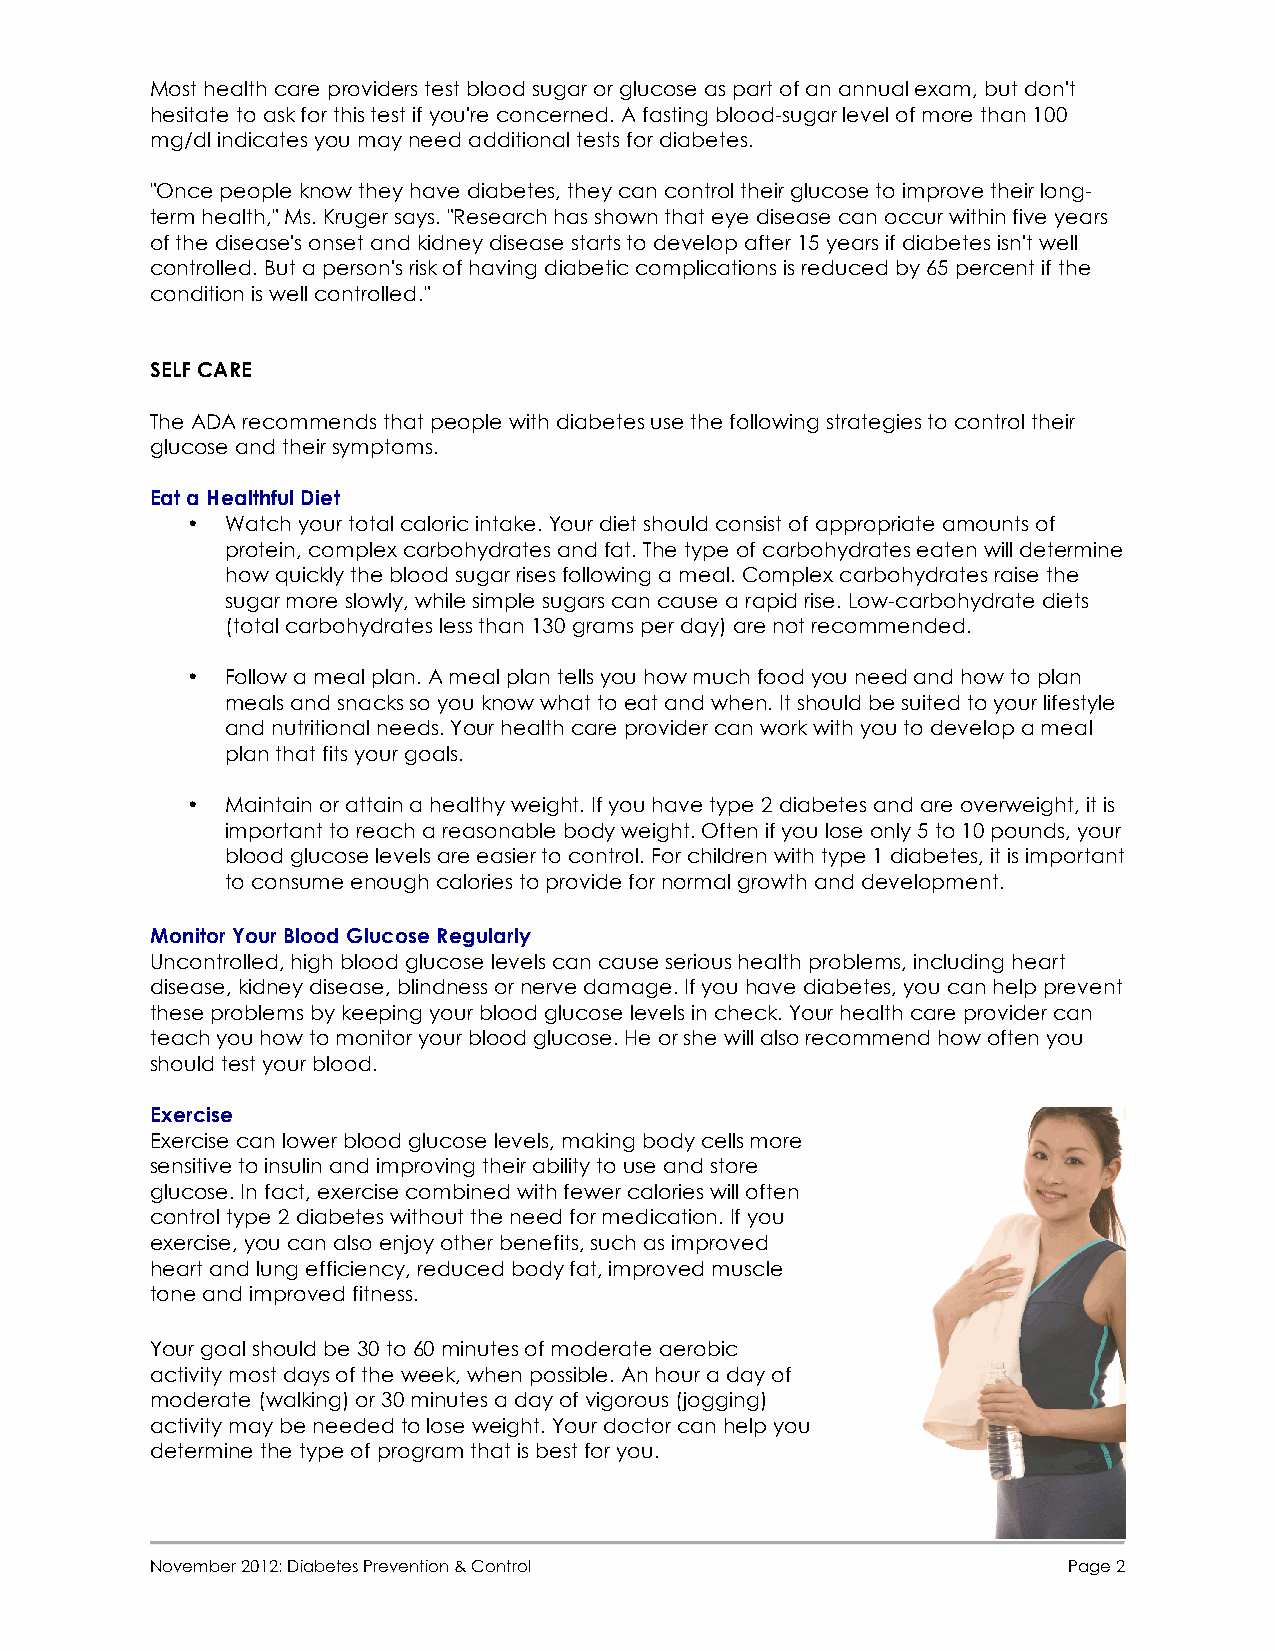
Most health care providers test blood sugar or glucose as part of an annual exam, but don't
 hesitate to ask for this test if you're concerned. A fasting blood-sugar level of more than 100
 mg/dl indicates you may need additional tests for diabetes.
 "Once people know they have diabetes, they can control their glucose to improve their long-
 term health," Ms. Kruger says. "Research has shown that eye disease can occur within five years
 of the disease's onset and kidney disease starts to develop after 15 years if diabetes isn't well
 controlled. But a person's risk of having diabetic complications is reduced by 65 percent if the
 condition is well controlled."
 SELF CARE
 The ADA recommends that people with diabetes use the following strategies to control their
 glucose and their symptoms.
 Eat a Healthful Diet
 •  Watch your total caloric intake. Your diet should consist of appropriate amounts of
 protein, complex carbohydrates and fat. The type of carbohydrates eaten will determine
 how quickly the blood sugar rises following a meal. Complex carbohydrates raise the
 sugar more slowly, while simple sugars can cause a rapid rise. Low-carbohydrate diets
 (total carbohydrates less than 130 grams per day) are not recommended.
 •  Follow a meal plan. A meal plan tells you how much food you need and how to plan
 meals and snacks so you know what to eat and when. It should be suited to your lifestyle
 and nutritional needs. Your health care provider can work with you to develop a meal
 plan that fits your goals.
 •  Maintain or attain a healthy weight. If you have type 2 diabetes and are overweight, it is
 important to reach a reasonable body weight. Often if you lose only 5 to 10 pounds, your
 blood glucose levels are easier to control. For children with type 1 diabetes, it is important
 to consume enough calories to provide for normal growth and development.
 Monitor Your Blood Glucose Regularly
 Uncontrolled, high blood glucose levels can cause serious health problems, including heart
 disease, kidney disease, blindness or nerve damage. If you have diabetes, you can help prevent
 these problems by keeping your blood glucose levels in check. Your health care provider can
 teach you how to monitor your blood glucose. He or she will also recommend how often you
 should test your blood.
 Exercise
 Exercise can lower blood glucose levels, making body cells more
 sensitive to insulin and improving their ability to use and store
 glucose. In fact, exercise combined with fewer calories will often
 control type 2 diabetes without the need for medication. If you
 exercise, you can also enjoy other benefits, such as improved
 heart and lung efficiency, reduced body fat, improved muscle
 tone and improved fitness.
 Your goal should be 30 to 60 minutes of moderate aerobic
 activity most days of the week, when possible. An hour a day of
 moderate (walking) or 30 minutes a day of vigorous (jogging)
 activity may be needed to lose weight. Your doctor can help you
 determine the type of program that is best for you.
 November 2012: Diabetes Prevention & Control                 Page 2